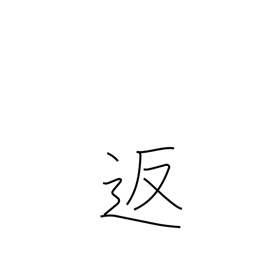
Meaning: return